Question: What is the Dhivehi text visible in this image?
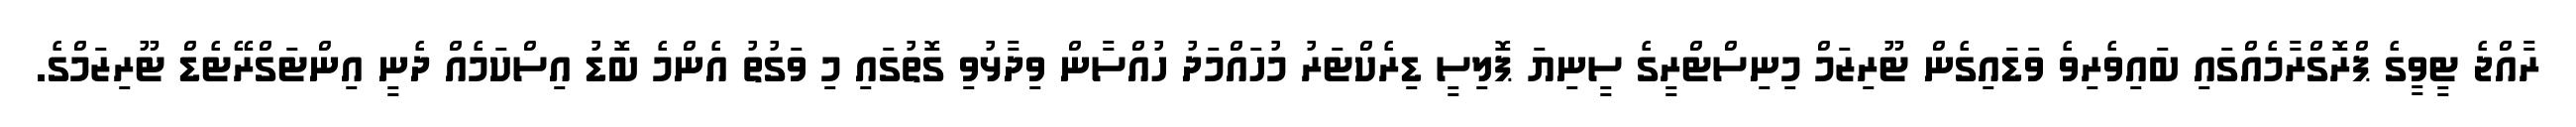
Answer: ރާއްޖެ ޓީވީގެ ޕްރޮގްރާމެއްގައި ބައިވެރިވެ ވަޑައިގެން ޓޫރިޒަމް މިނިސްޓްރީގެ ސީނިޔަ ޕޮލިސީ ޑިރެކްޓަރު މުހައްމަދު ހުއްސާން ވިދާޅުވި ގޮތުގައި މި ވަގުތު އެންމެ ބޮޑު އިސްކަމެއް ދެނީ އިންޓަގްރޭޓެޑް ޓޫރިޒަމްގެ.